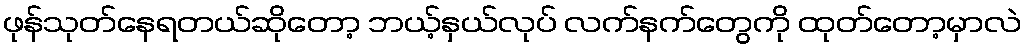
ဖုန်သုတ်နေရတယ်ဆိုတော့ ဘယ့်နှယ်လုပ် လက်နက်တွေကို ထုတ်တော့မှာလဲ